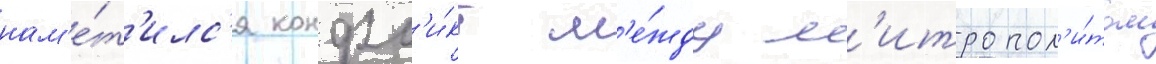
нам'е́т'илс'я конфл'и́кт м'е́жду м'итропол'и́том